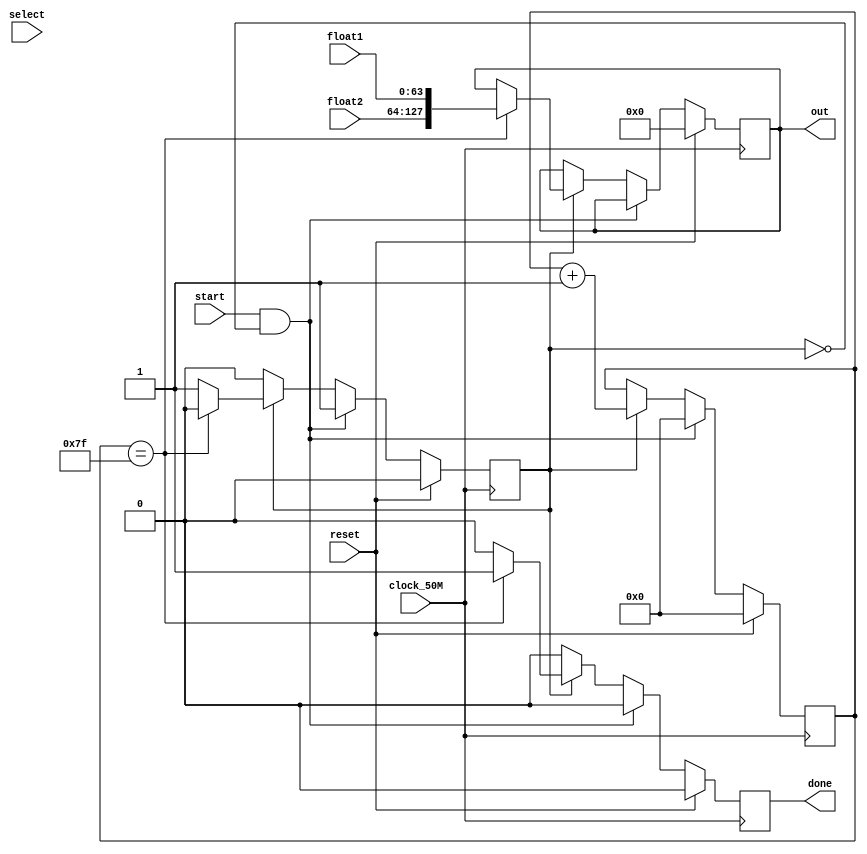
`timescale 1ns / 1ps
//////////////////////////////////////////////////////////////////////////////////
// Company: 
// Engineer: 
// 
// Design Name: 
// Module Name:    echo 
// Project Name: 
// Target Devices: 
// Tool versions: 
// Description: 
//
// Dependencies: 
//
// Revision: 
// Revision 0.01 - File Created
// Additional Comments: 
//
//////////////////////////////////////////////////////////////////////////////////
module echo(
    input [63:0] float1,
    input [63:0] float2,
    input clock_50M,
    input reset,
    input select,
    input start,
    output reg done,
    output reg [127:0] out
    );
	 
	 reg [6:0] clock128;
	 reg running;
	 reg select_save;
	 
	 always @(posedge clock_50M) begin
		if (reset) begin
			clock128 <= 7'd0;
			out <= 128'd0;
			done <= 1'b0;
			running <= 1'b0;
			select_save <= 1'b0;
		end else if(start && ~running) begin
			running <= 1'b1;
			clock128 <= 1'b0;
			done <= 1'b0;
			select_save <= select;
		end else if (running) begin
			clock128 <= clock128 + 7'd1;
			if (clock128 == 7'd127) begin
				if (select_save) out <= {float2,float1};
				else out <= {float2,float1};
				done <= 1'b1;
				running <= 1'b0;
			end else done <= 1'b0;
		end else done <= 1'b0;
	end

endmodule